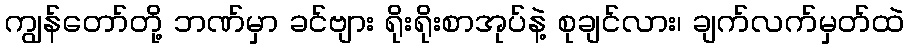
ကျွန်တော်တို့ ဘဏ်မှာ ခင်ဗျား ရိုးရိုးစာအုပ်နဲ့ စုချင်လား၊ ချက်လက်မှတ်ထဲ